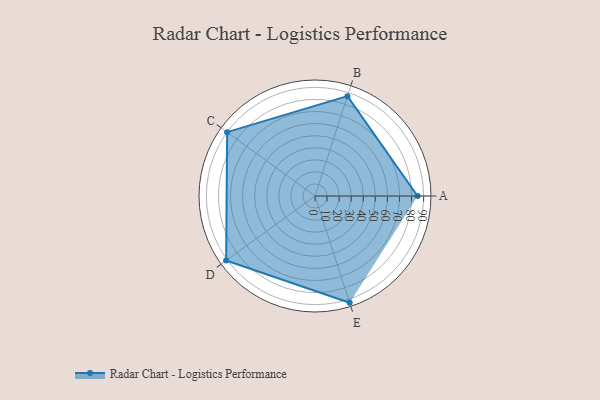
{"axis": {"x": "Skill", "y": "Score"}, "legend": ["Profile"], "data": [{"x": "A", "y": 85.0, "type": "Profile"}, {"x": "B", "y": 87.0, "type": "Profile"}, {"x": "C", "y": 90.0, "type": "Profile"}, {"x": "D", "y": 91.0, "type": "Profile"}, {"x": "E", "y": 93.0, "type": "Profile"}]}